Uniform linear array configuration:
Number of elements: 64
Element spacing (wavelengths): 0.75
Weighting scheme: blackman
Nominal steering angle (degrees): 60
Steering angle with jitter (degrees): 60.152
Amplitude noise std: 0.05
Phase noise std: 0.05

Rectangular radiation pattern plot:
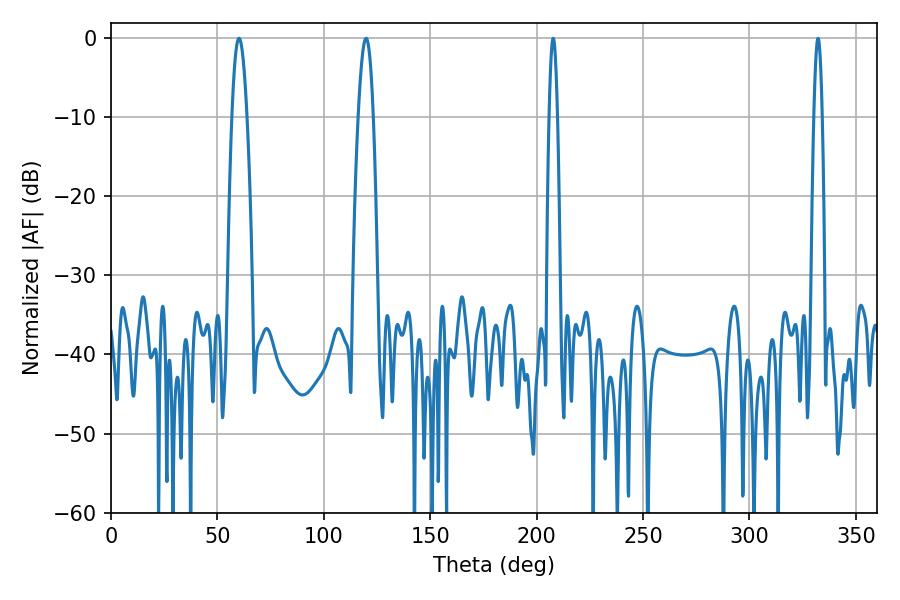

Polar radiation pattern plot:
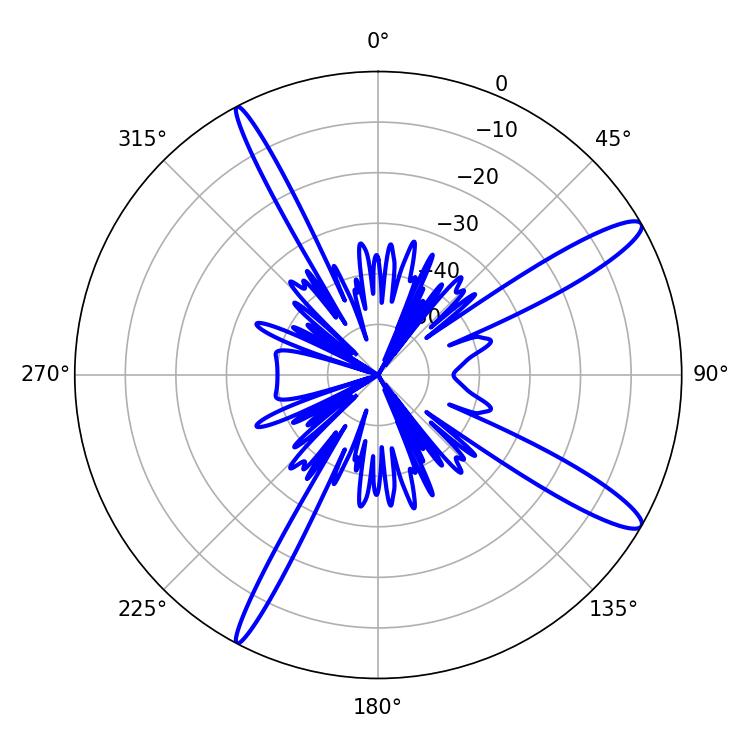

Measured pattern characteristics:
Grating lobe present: TRUE
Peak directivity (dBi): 13.494
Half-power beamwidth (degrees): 3.78
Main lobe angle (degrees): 60.12